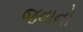
જવાનો